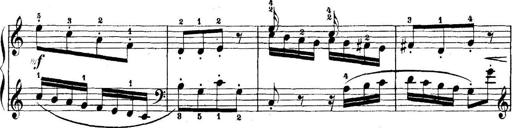
Title: 5 Sonatinas
Composer: Theodor Kirchner